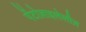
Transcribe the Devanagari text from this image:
पेंटोज़ाइलेलीज़